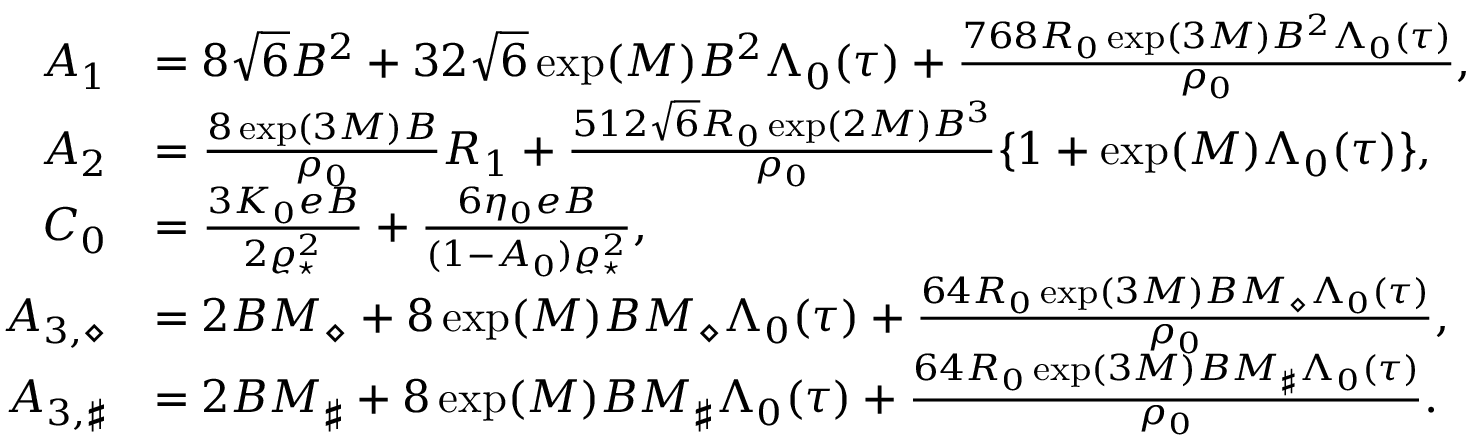
\begin{array} { r l } { { \cal A } _ { 1 } } & { = 8 \sqrt { 6 } B ^ { 2 } + 3 2 \sqrt { 6 } \exp ( M ) B ^ { 2 } \Lambda _ { 0 } ( \tau ) + \frac { 7 6 8 R _ { 0 } \exp ( 3 M ) B ^ { 2 } \Lambda _ { 0 } ( \tau ) } { \rho _ { 0 } } , } \\ { { \cal A } _ { 2 } } & { = \frac { 8 \exp ( 3 M ) B } { \rho _ { 0 } } R _ { 1 } + \frac { 5 1 2 \sqrt { 6 } R _ { 0 } \exp ( 2 M ) B ^ { 3 } } { \rho _ { 0 } } \{ 1 + \exp ( M ) \Lambda _ { 0 } ( \tau ) \} , } \\ { { \cal C } _ { 0 } } & { = \frac { 3 { \cal K } _ { 0 } e B } { 2 \varrho _ { \star } ^ { 2 } } + \frac { 6 \eta _ { 0 } e B } { ( 1 - { \cal A } _ { 0 } ) \varrho _ { \star } ^ { 2 } } , } \\ { { \cal A } _ { 3 , \diamond } } & { = 2 B { \cal M } _ { \diamond } + 8 \exp ( M ) B { \cal M } _ { \diamond } \Lambda _ { 0 } ( { \tau } ) + \frac { 6 4 R _ { 0 } \exp ( 3 M ) B { \cal M } _ { \diamond } \Lambda _ { 0 } ( \tau ) } { \rho _ { 0 } } , } \\ { { \cal A } _ { 3 , \sharp } } & { = 2 B { \cal M } _ { \sharp } + 8 \exp ( M ) B { \cal M } _ { \sharp } \Lambda _ { 0 } ( { \tau } ) + \frac { 6 4 R _ { 0 } \exp ( 3 M ) B { \cal M } _ { \sharp } \Lambda _ { 0 } ( \tau ) } { \rho _ { 0 } } . } \end{array}